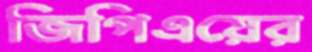
জিপিএয়ের